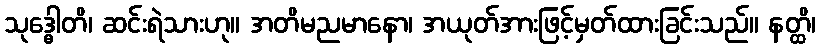
သုဒ္ဓေါတိ၊ ဆင်းရဲသားဟု။ အတိမညမာနော၊ အယုတ်အားဖြင့်မှတ်ထားခြင်းသည်။ နတ္ထိ၊